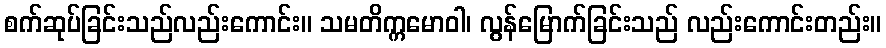
စက်ဆုပ်ခြင်းသည်လည်းကောင်း။ သမတိက္ကမောဝါ၊ လွန်မြောက်ခြင်းသည် လည်းကောင်းတည်း။